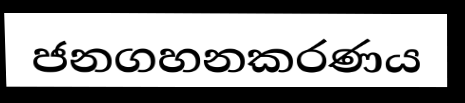
ජනගහනකරණය